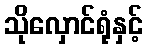
သိုလှောင်ရုံနှင့်